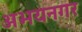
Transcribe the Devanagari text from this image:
अभयनगर